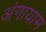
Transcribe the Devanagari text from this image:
अंगायाम